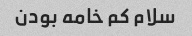
سلام کم خامه بودن